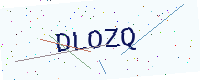
Text: DLOZQ